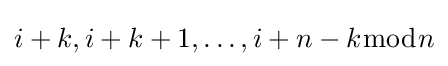
i+k,i+k+1,\ldots ,i+n-k{\bmod {n}}